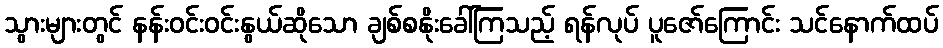
သွားများတွင် နန်းဝင်းဝင်းနွယ်ဆိုသော ချစ်စနိုးခေါ်ကြသည့် ရန်လုပ် ပူဇော်ကြောင်း သင်နောက်ထပ်